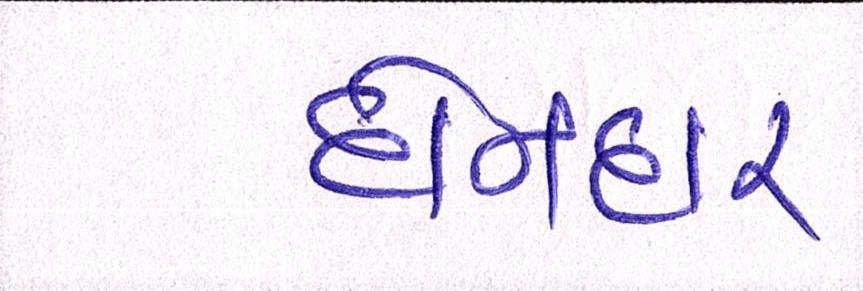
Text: દોનદાર